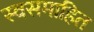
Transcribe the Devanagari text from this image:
स्वसमाहित